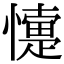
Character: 懥